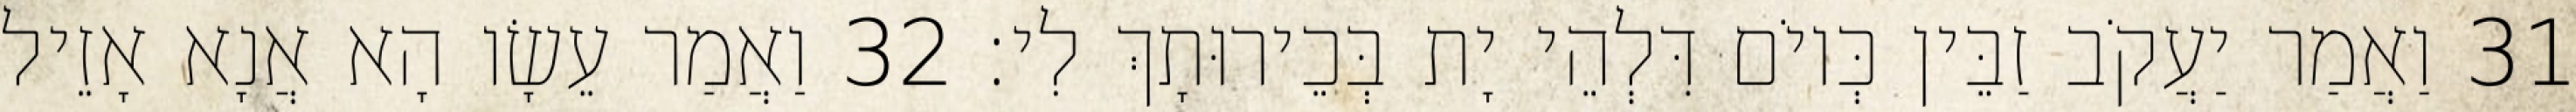
31 וַאֲמַר יַעֲקֹב זַבֵּין כְּיוֹם דִּלְהֵי יָת בְּכֵירוּתָךְ לִי׃ 32 וַאֲמַר עֵשָׂו הָא אֲנָא אָזֵיל